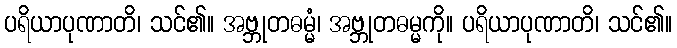
ပရိယာပုဏာတိ၊ သင်၏။ အဗ္ဘုတဓမ္မံ၊ အဗ္ဘုတဓမ္မကို။ ပရိယာပုဏာတိ၊ သင်၏။